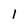
Character: 1